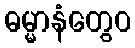
ဓမ္မာနံတွေဝ